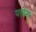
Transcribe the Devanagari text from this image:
यतीश